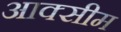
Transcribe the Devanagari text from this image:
आक्सीम